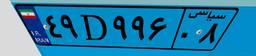
۲۹D۵۳۶۹۱